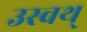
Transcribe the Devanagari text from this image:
उस्वथ्